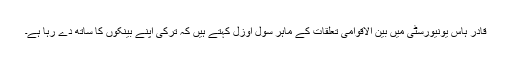
قادر ہاس یونیورسٹی میں بین الاقوامی تعلقات کے ماہر سول اوزل کہتے ہیں کہ ترکی اپنے بینکوں کا ساتھ دے رہا ہے۔